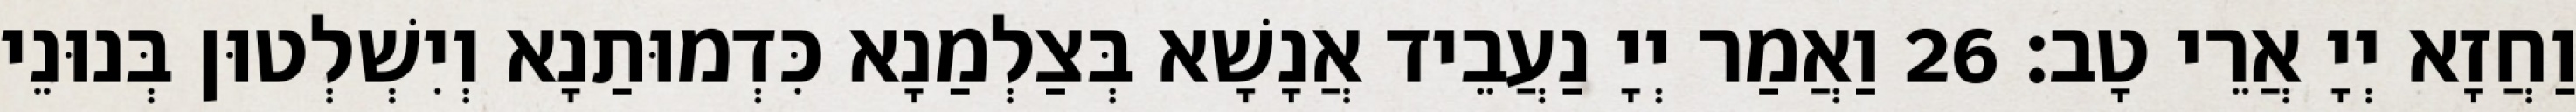
וַחֲזָא יְיָ אֲרֵי טָב׃ 26 וַאֲמַר יְיָ נַעֲבֵיד אֲנָשָׁא בְּצַלְמַנָא כִּדְמוּתַנָא וְיִשְׁלְטוּן בְּנוּנֵי